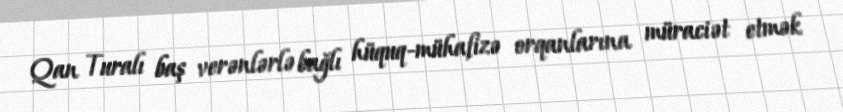
Qan Turalı baş verənlərlə bağlı hüquq-mühafizə orqanlarına müraciət etmək